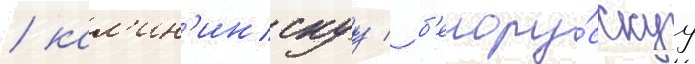
/ кал'ин'инскуу / б'елору́сскуу